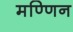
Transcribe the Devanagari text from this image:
मण्णिन